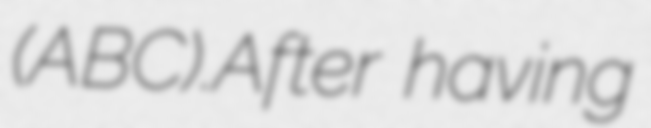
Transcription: (ABC).After having